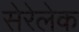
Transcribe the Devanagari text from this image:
सेरेलेक